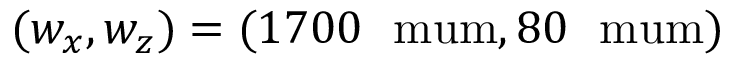
( w _ { x } , w _ { z } ) = ( 1 7 0 0 ~ \mathrm { \ m u m } , 8 0 ~ \mathrm { \ m u m } )